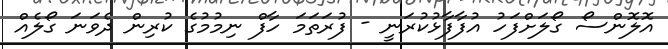
އޮލޮންސޯ ގޯލަށްފަހު އުފާފާޅުކުރަނީ - ފުރަތަމަ ހާފް ނިމުމުގެ ކުރިން ދެވަނަ ގޯލެއް